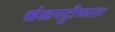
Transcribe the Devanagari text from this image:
खेळपट्टीच्यता